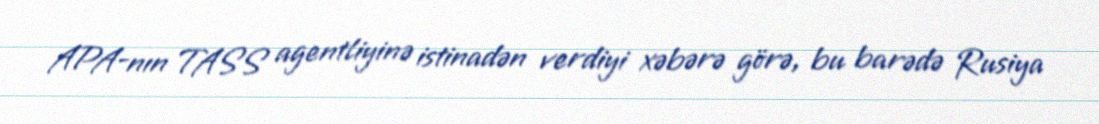
APA-nın TASS agentliyinə istinadən verdiyi xəbərə görə, bu barədə Rusiya